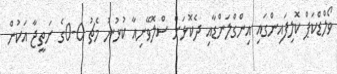
ވޯލްޑްކަޕް ކޮލިފައިންގައި އިންގްލަންޑާއި ދެކޮޅަށް ސްލޮވޭނިއާ ކުޅުނު މެޗު 0-0ގެ ނަތީޖާ އަކުން